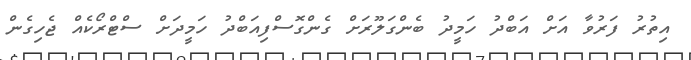
އިތުރު ފަރުވާ އަށް އަބްދު ހަމީދު ބެންގަލޫރަށް ގެންގޮސްފިއަބްދު ހަމީދަށް ސްޓްރޯކެއް ޖެހިގެން